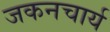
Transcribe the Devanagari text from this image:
जकनचार्य